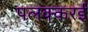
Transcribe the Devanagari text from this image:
पलक्करई